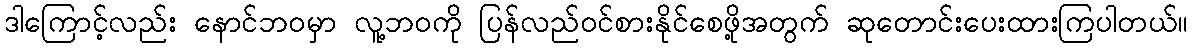
ဒါကြောင့်လည်း နောင်ဘဝမှာ လူ့ဘဝကို ပြန်လည်ဝင်စားနိုင်စေဖို့အတွက် ဆုတောင်းပေးထားကြပါတယ်။